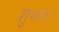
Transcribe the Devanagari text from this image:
शुभान्